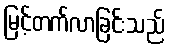
မြင့်တက်လာခြင်းသည်